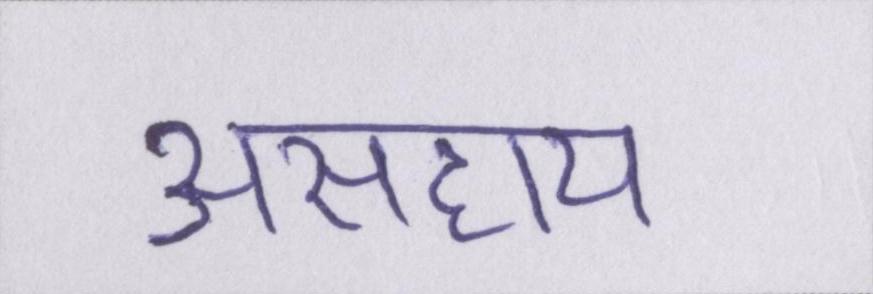
असहाय